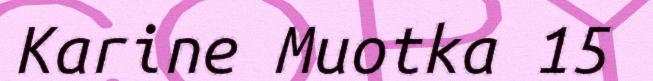
Karine Muotka 15